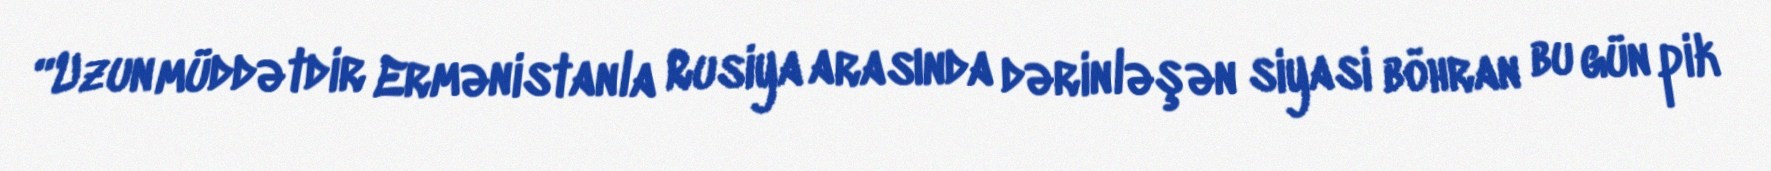
“Uzun müddətdir Ermənistanla Rusiya arasında dərinləşən siyasi böhran bu gün pik